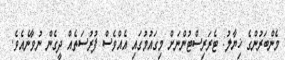
މެންބަރުންގެ ޚިޔާލު: ޓެރަރިސްޓުންނަށް މިގައުމުގައި އެއްވެސް ފުރުސަތެއް ދީގެން ނުވާނެއެވެ.